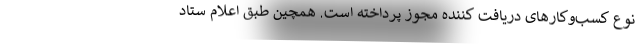
نوع کسب‌وکارهای دریافت کننده مجوز پرداخته است. همچین طبق اعلام ستاد